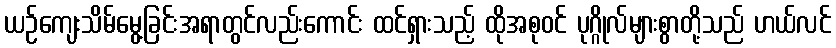
ယဉ်ကျေးသိမ်မွေ့ခြင်းအရာတွင်လည်းကောင်း ထင်ရှားသည့် ထိုအစုဝင် ပုဂ္ဂိုလ်များစွာတို့သည် ဟယ်လင်